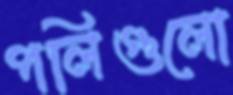
পলিগুলো